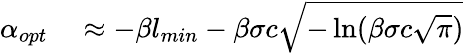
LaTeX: \begin{array}{rl}{\alpha_{opt}}&{{}\approx-\beta l_{min}-\beta\sigma c\sqrt{-\ln(\beta\sigma c\sqrt{\pi})}}\end{array}